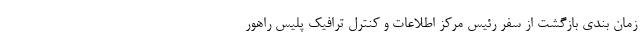
زمان بندی بازگشت از سفر رئیس مرکز اطلاعات و کنترل ترافیک پلیس راهور